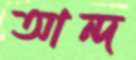
আন্দ